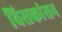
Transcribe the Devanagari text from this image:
विसकांसन